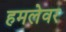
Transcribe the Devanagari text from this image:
हमलेवर